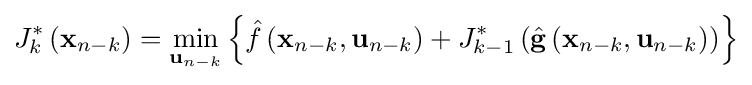
J_{k}^{\ast }\left(\mathbf {x} _{n-k}\right)=\min _{\mathbf {u} _{n-k}}\left\{{\hat {f}}\left(\mathbf {x} _{n-k},\mathbf {u} _{n-k}\right)+J_{k-1}^{\ast }\left({\hat {\mathbf {g} }}\left(\mathbf {x} _{n-k},\mathbf {u} _{n-k}\right)\right)\right\}